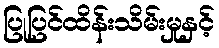
ပြုပြင်ထိန်းသိမ်းမှုနှင့်